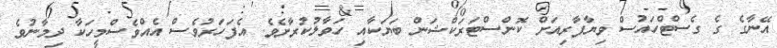
އޭނާގެ ގެ ގެސްޓްހައުސް ވިޔާފާރިއަށް ކޮންސްޓަރަކްޝަން ބަޔަކާއި ހަވާލުކުރާށެވެ. އެފަހަރުވެސް އެއްވެސްމީހަކާ ދިމާނުވެ